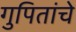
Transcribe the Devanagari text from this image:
गुपितांचे